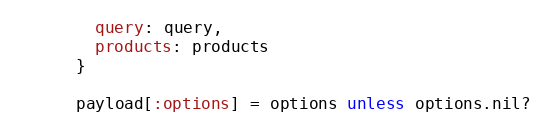
Language: Ruby
        query: query,
        products: products
      }

      payload[:options] = options unless options.nil?